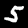
Digit: 5